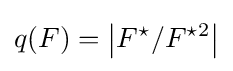
q(F)=\left|{F^{\star }/F^{\star 2}}\right|